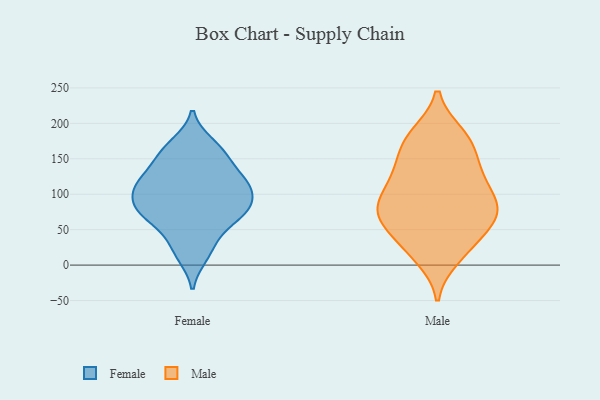
{"axis": {"x": "Customer Acquisition Cost (USD)", "y": "Value"}, "legend": ["Female", "Male"], "data": [{"x": "", "y": 149, "type": "Female"}, {"x": "", "y": 91, "type": "Female"}, {"x": "", "y": 157, "type": "Female"}, {"x": "", "y": 171, "type": "Female"}, {"x": "", "y": 35, "type": "Female"}, {"x": "", "y": 79, "type": "Female"}, {"x": "", "y": 118, "type": "Female"}, {"x": "", "y": 82, "type": "Female"}, {"x": "", "y": 64, "type": "Female"}, {"x": "", "y": 108, "type": "Female"}, {"x": "", "y": 13, "type": "Female"}, {"x": "", "y": 115, "type": "Female"}, {"x": "", "y": 120, "type": "Female"}, {"x": "", "y": 70, "type": "Female"}, {"x": "", "y": 79, "type": "Male"}, {"x": "", "y": 175, "type": "Male"}, {"x": "", "y": 163, "type": "Male"}, {"x": "", "y": 74, "type": "Male"}, {"x": "", "y": 31, "type": "Male"}, {"x": "", "y": 87, "type": "Male"}, {"x": "", "y": 147, "type": "Male"}, {"x": "", "y": 71, "type": "Male"}, {"x": "", "y": 66, "type": "Male"}, {"x": "", "y": 129, "type": "Male"}, {"x": "", "y": 184, "type": "Male"}, {"x": "", "y": 116, "type": "Male"}, {"x": "", "y": 69, "type": "Male"}, {"x": "", "y": 42, "type": "Male"}, {"x": "", "y": 109, "type": "Male"}, {"x": "", "y": 183, "type": "Male"}, {"x": "", "y": 20, "type": "Male"}, {"x": "", "y": 123, "type": "Male"}, {"x": "", "y": 78, "type": "Male"}, {"x": "", "y": 11, "type": "Male"}]}